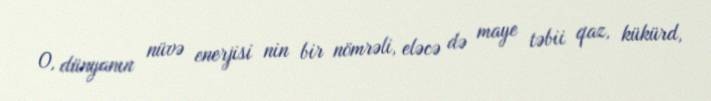
O, dünyanın nüvə enerjisi nin bir nömrəli, eləcə də maye təbii qaz, kükürd,